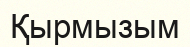
Қырмызым